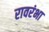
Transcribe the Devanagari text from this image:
रावरंभा